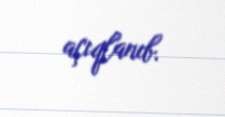
açıqlanıb.